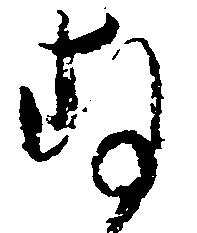
存